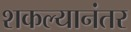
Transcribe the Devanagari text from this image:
शकल्यानंतर